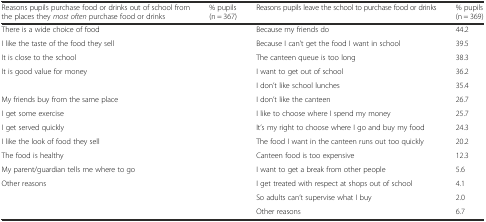
<table><thead><tr><td><b>Reasons pupils purchase food or drinks out of school from the places they <i>most often</i> purchase food or drinks</b></td><td><b>% pupils (n = 367)</b></td><td><b>Reasons pupils leave the school to purchase food or drinks</b></td><td><b>% pupils (n = 369)</b></td></tr></thead><tbody><tr><td>There is a wide choice of food</td><td>[EMPTY_CELL]</td><td>Because my friends do</td><td>44.2</td></tr><tr><td>I like the taste of the food they sell</td><td>[EMPTY_CELL]</td><td>Because I can’t get the food I want in school</td><td>39.5</td></tr><tr><td>It is close to the school</td><td>[EMPTY_CELL]</td><td>The canteen queue is too long</td><td>38.3</td></tr><tr><td>It is good value for money</td><td>[EMPTY_CELL]</td><td>I want to get out of school</td><td>36.2</td></tr><tr><td>[EMPTY_CELL]</td><td>[EMPTY_CELL]</td><td>I don’t like school lunches</td><td>35.4</td></tr><tr><td>My friends buy from the same place</td><td>[EMPTY_CELL]</td><td>I don’t like the canteen</td><td>26.7</td></tr><tr><td>I get some exercise</td><td>[EMPTY_CELL]</td><td>I like to choose where I spend my money</td><td>25.7</td></tr><tr><td>I get served quickly</td><td>[EMPTY_CELL]</td><td>It’s my right to choose where I go and buy my food</td><td>24.3</td></tr><tr><td>I like the look of food they sell</td><td>[EMPTY_CELL]</td><td>The food I want in the canteen runs out too quickly</td><td>20.2</td></tr><tr><td>The food is healthy</td><td>[EMPTY_CELL]</td><td>Canteen food is too expensive</td><td>12.3</td></tr><tr><td>My parent/guardian tells me where to go</td><td>[EMPTY_CELL]</td><td>I want to get a break from other people</td><td>5.6</td></tr><tr><td>Other reasons</td><td>[EMPTY_CELL]</td><td>I get treated with respect at shops out of school</td><td>4.1</td></tr><tr><td>[EMPTY_CELL]</td><td>[EMPTY_CELL]</td><td>So adults can’t supervise what I buy</td><td>2.0</td></tr><tr><td>[EMPTY_CELL]</td><td>[EMPTY_CELL]</td><td>Other reasons</td><td>6.7</td></tr></tbody></table>